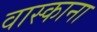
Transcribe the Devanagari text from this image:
वास्काना